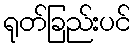
ရုတ်ခြည်းပင်